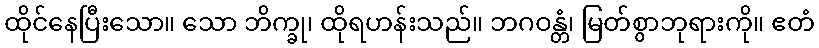
ထိုင်နေပြီးသော။ သော ဘိက္ခု၊ ထိုရဟန်းသည်။ ဘဂဝန္တံ၊ မြတ်စွာဘုရားကို။ ဧတံ